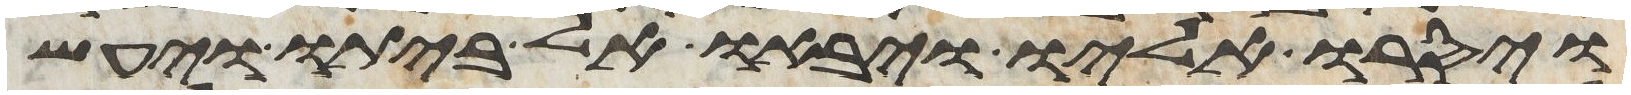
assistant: ויסרו אליו ויבאו אל ביתו ויעש